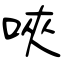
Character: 唊